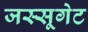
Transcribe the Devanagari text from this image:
जस्सूगेट